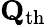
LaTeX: \mathbf{Q}_{\mathrm{th}}